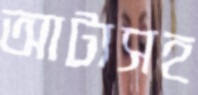
আটাসহ